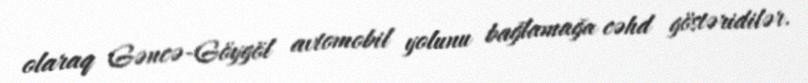
olaraq Gəncə-Göygöl avtomobil yolunu bağlamağa cəhd göstəridilər.